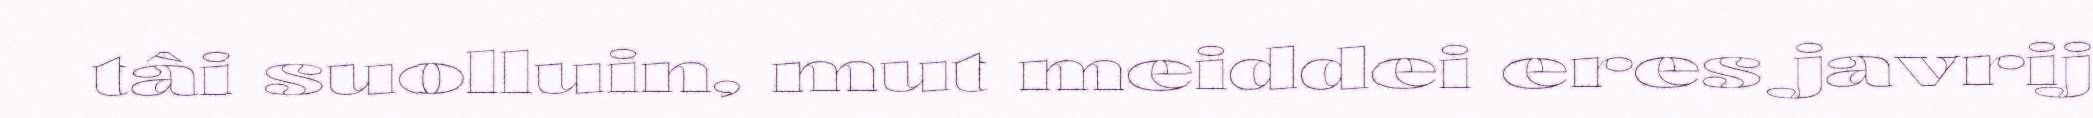
tâi suolluin, mut meiddei eres javrij